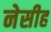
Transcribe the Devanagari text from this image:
नेसीह